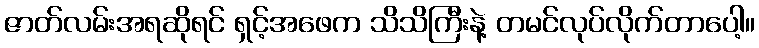
ဇာတ်လမ်းအရဆိုရင် ရှင့်အဖေက သိသိကြီးနဲ့ တမင်လုပ်လိုက်တာပေါ့။